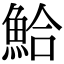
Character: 鮯